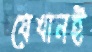
যেখানই